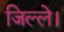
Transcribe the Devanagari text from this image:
जिल्ले।